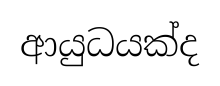
ආයුධයක්ද